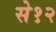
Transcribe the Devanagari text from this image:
से१२